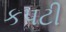
કપટી